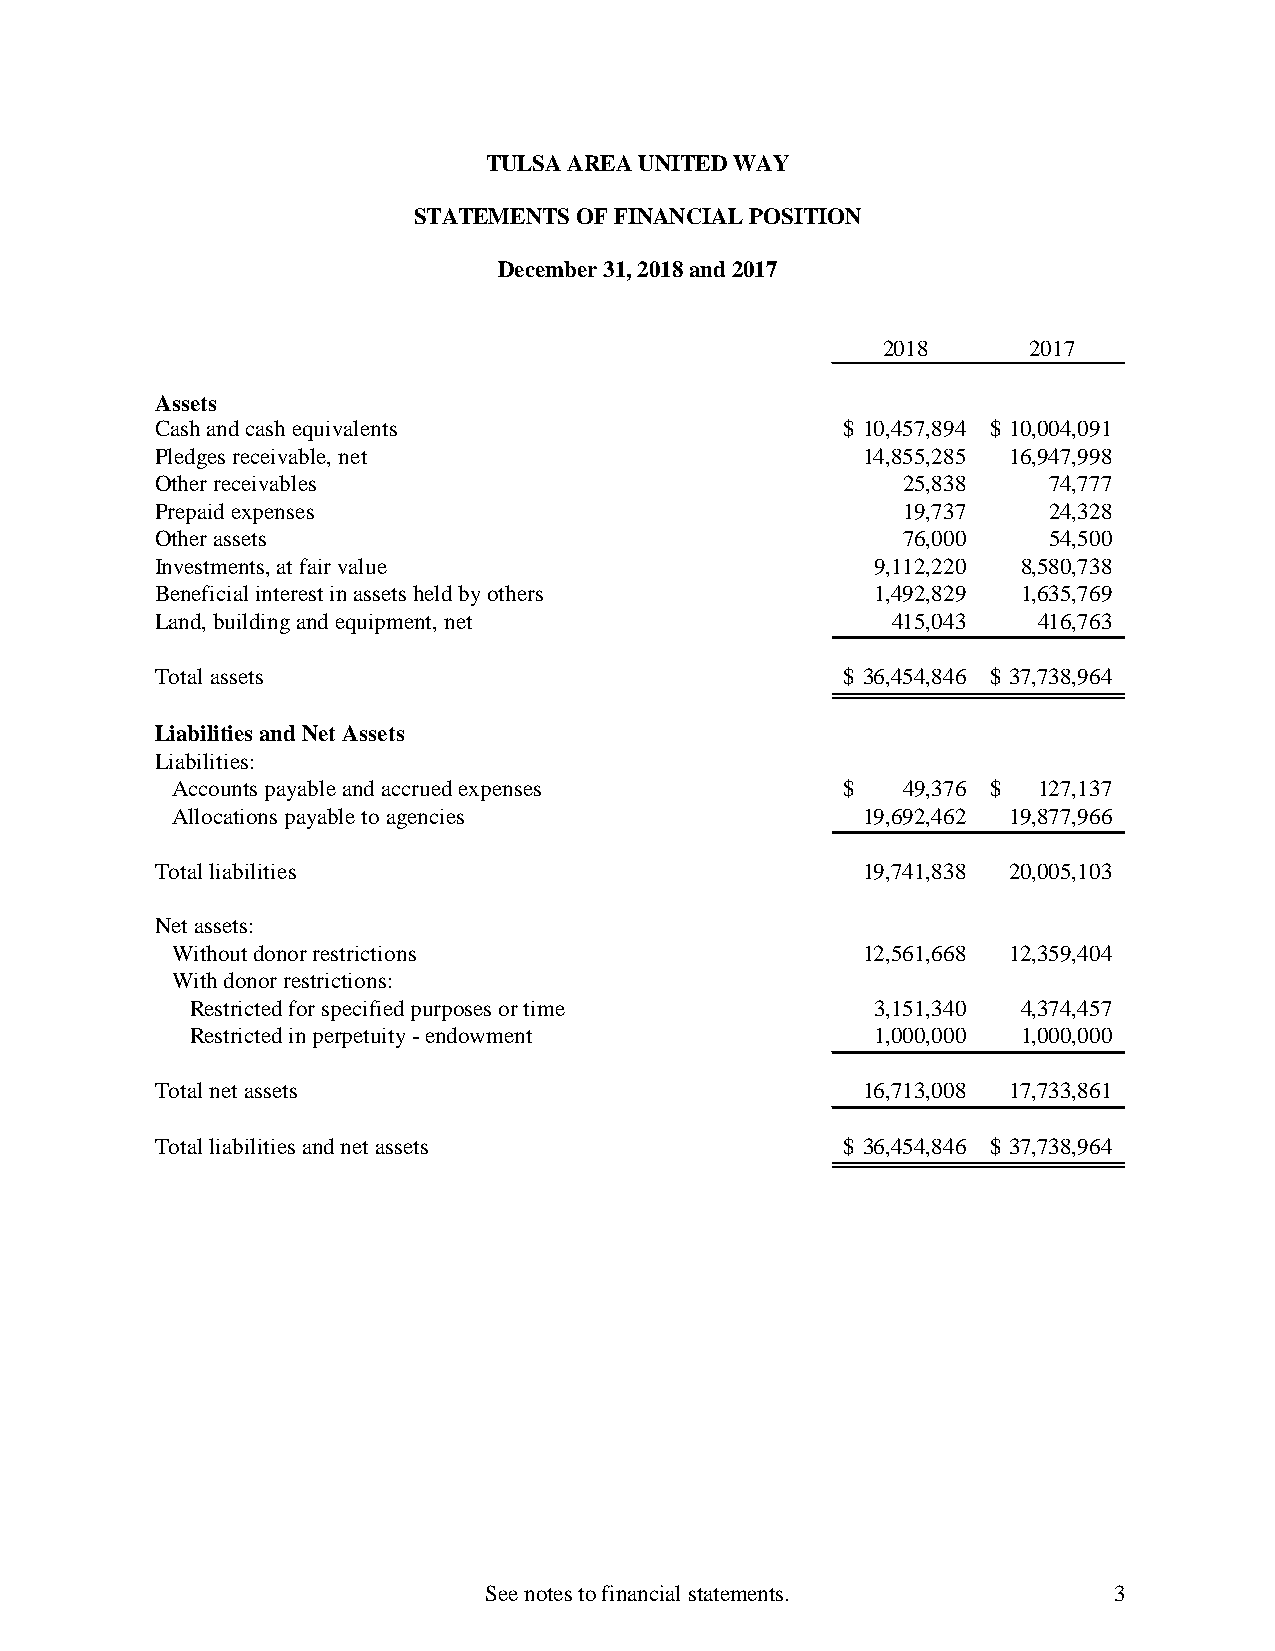
TULSA AREA UNITED WAY
 STATEMENTS OF FINANCIAL POSITION
 December 31, 2018 and 2017
 2018      2017
 Assets
 Cash and cash equivalents                     $ 10,457,894 $ 10,004,091
 Pledges receivable, net                        14,855,285 16,947,998
 Other receivables                                 25,838   74,777
 Prepaid expenses                                  19,737   24,328
 Other assets                                      76,000   54,500
 Investments, at fair value                      9,112,220 8,580,738
 Beneficial interest in assets held by others    1,492,829 1,635,769
 Land, building and equipment, net                415,043   416,763
 Total assets                                  $ 36,454,846 $ 37,738,964
 Liabilities and Net Assets
 Liabilities:
 Accounts payable and accrued expenses        $   49,376 $ 127,137
 Allocations payable to agencies               19,692,462 19,877,966
 Total liabilities                              19,741,838 20,005,103
 Net assets:
 Without donor restrictions                    12,561,668 12,359,404
 With donor restrictions:
 Restricted for specified purposes or time    3,151,340 4,374,457
 Restricted in perpetuity - endowment         1,000,000 1,000,000
 Total net assets                               16,713,008 17,733,861
 Total liabilities and net assets              $ 36,454,846 $ 37,738,964
 See notes to financial statements.        3